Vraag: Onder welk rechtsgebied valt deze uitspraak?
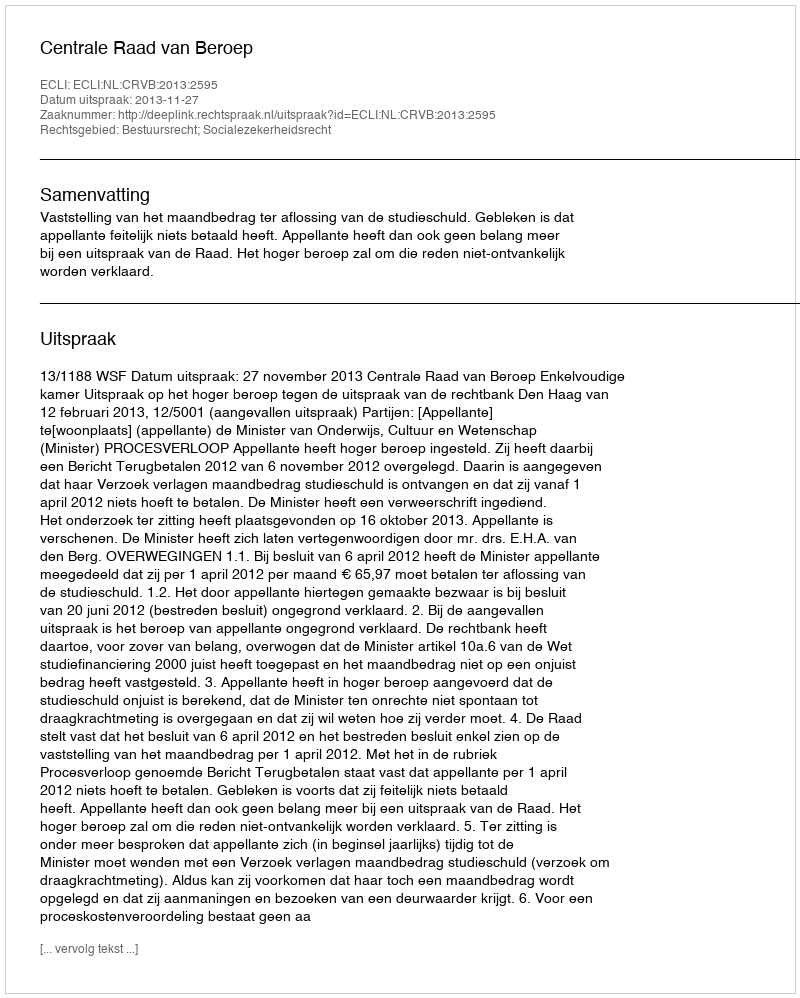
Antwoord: Bestuursrecht; Socialezekerheidsrecht